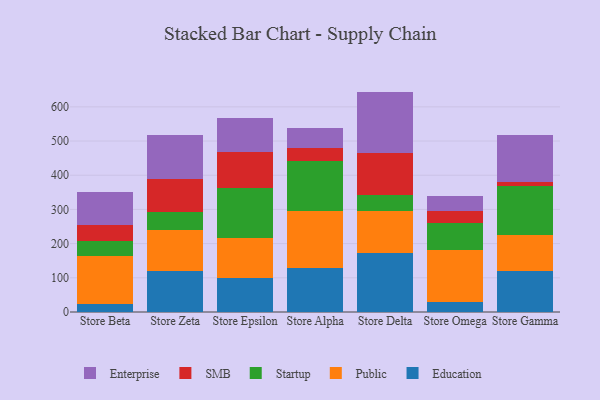
{"axis": {"x": "Store", "y": "Energy Usage (MWh)"}, "legend": ["Education", "Enterprise", "Public", "SMB", "Startup"], "data": [{"x": "Store Beta", "y": 22.7, "type": "Education"}, {"x": "Store Beta", "y": 142.0, "type": "Public"}, {"x": "Store Beta", "y": 44.3, "type": "Startup"}, {"x": "Store Beta", "y": 45.9, "type": "SMB"}, {"x": "Store Beta", "y": 97.3, "type": "Enterprise"}, {"x": "Store Zeta", "y": 119.9, "type": "Education"}, {"x": "Store Zeta", "y": 119.8, "type": "Public"}, {"x": "Store Zeta", "y": 52.9, "type": "Startup"}, {"x": "Store Zeta", "y": 96.6, "type": "SMB"}, {"x": "Store Zeta", "y": 127.5, "type": "Enterprise"}, {"x": "Store Epsilon", "y": 98.1, "type": "Education"}, {"x": "Store Epsilon", "y": 118.9, "type": "Public"}, {"x": "Store Epsilon", "y": 146.5, "type": "Startup"}, {"x": "Store Epsilon", "y": 104.2, "type": "SMB"}, {"x": "Store Epsilon", "y": 101.1, "type": "Enterprise"}, {"x": "Store Alpha", "y": 127.7, "type": "Education"}, {"x": "Store Alpha", "y": 167.4, "type": "Public"}, {"x": "Store Alpha", "y": 146.6, "type": "Startup"}, {"x": "Store Alpha", "y": 38.7, "type": "SMB"}, {"x": "Store Alpha", "y": 57.0, "type": "Enterprise"}, {"x": "Store Delta", "y": 172.7, "type": "Education"}, {"x": "Store Delta", "y": 123.1, "type": "Public"}, {"x": "Store Delta", "y": 47.2, "type": "Startup"}, {"x": "Store Delta", "y": 122.7, "type": "SMB"}, {"x": "Store Delta", "y": 178.9, "type": "Enterprise"}, {"x": "Store Omega", "y": 28.8, "type": "Education"}, {"x": "Store Omega", "y": 153.0, "type": "Public"}, {"x": "Store Omega", "y": 78.0, "type": "Startup"}, {"x": "Store Omega", "y": 36.4, "type": "SMB"}, {"x": "Store Omega", "y": 43.1, "type": "Enterprise"}, {"x": "Store Gamma", "y": 119.5, "type": "Education"}, {"x": "Store Gamma", "y": 104.5, "type": "Public"}, {"x": "Store Gamma", "y": 145.8, "type": "Startup"}, {"x": "Store Gamma", "y": 9.5, "type": "SMB"}, {"x": "Store Gamma", "y": 138.4, "type": "Enterprise"}]}